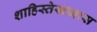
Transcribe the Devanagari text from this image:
शाहिस्तेखानास